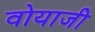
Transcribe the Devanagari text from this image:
वोयाजी